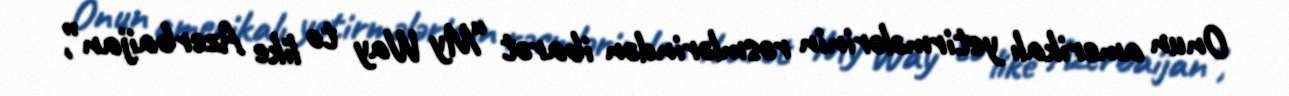
Onun amerikalı yetirmələrinin rəsmlərindən ibarət “My Way to like Azerbaijan”,